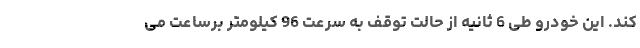
کند. این خودرو طی 6 ثانیه از حالت توقف به سرعت 96 کیلومتر برساعت می